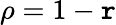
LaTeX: \rho=1-\mathtt{r}